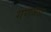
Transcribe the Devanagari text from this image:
गणवाद